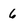
Character: 6